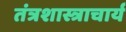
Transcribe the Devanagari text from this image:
तंत्रशास्त्राचार्य